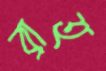
ব্রাহ